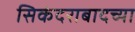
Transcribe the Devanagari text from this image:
सिकंदराबादच्या